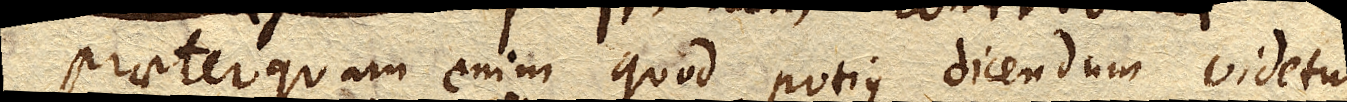
Praeterquam enim quod potius dicendum videtur